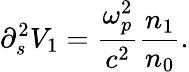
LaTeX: \partial_{s}^{2}V_{1}={\frac{\omega_{p}^{2}}{c^{2}}}{\frac{n_{1}}{n_{0}}}.